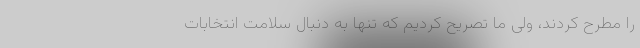
را مطرح کردند، ولی ما تصریح کردیم که تنها به دنبال سلامت انتخابات